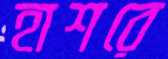
হাশরে